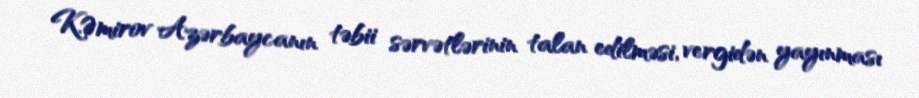
K.Əmirov Azərbaycanın təbii sərvətlərinin talan edilməsi, vergidən yayınması